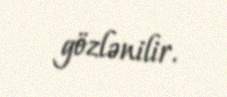
gözlənilir.